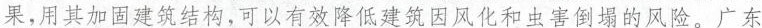
果，用其加他建筑结构，可以有效降低建筑园风化和虫害倒塌的风险。广东